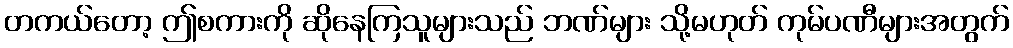
တကယ်တော့ ဤစကားကို ဆိုနေကြသူများသည် ဘဏ်များ သို့မဟုတ် ကုမ်ပဏီများအတွက်